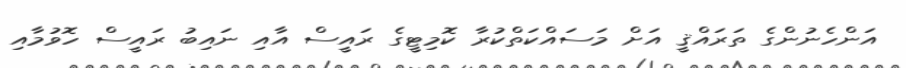
އަންހެނުންގެ ތަރައްޤީ އަށް މަސައްކަތްކުރާ ކޮމިޓީގެ ރައީސް އާއި ނައިބު ރައީސް ހޮވުމާއި